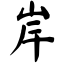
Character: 岸